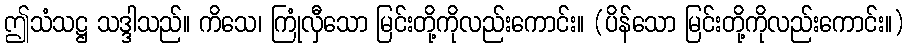
ဤသံသဋ္ဌ သဒ္ဒါသည်။ ကိသေ၊ ကြုံလှီသော မြင်းတို့ကိုလည်းကောင်း။ (ပိန်သော မြင်းတို့ကိုလည်းကောင်း။)